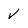
Character: v